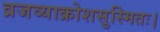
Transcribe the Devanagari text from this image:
व्रजव्याक्रोशसुस्मितः।